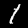
Digit: 1